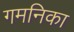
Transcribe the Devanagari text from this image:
गमनिका